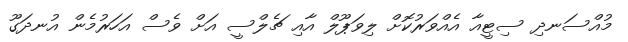
މުއްސަނދި ސިޓީއާ އެއްވަރުކޮށް ލިވަޕޫލް އާއި ޗެލްސީ އަށް ވެސް އަހަރުމެން އުނދަގޫ